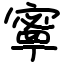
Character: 𫝱